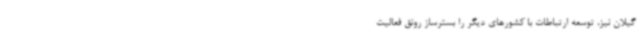
گیلان نیز، توسعه ارتباطات با کشورهای دیگر را بسترساز رونق فعالیت